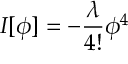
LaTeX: I [ \phi ] = - \frac { \lambda } { 4 ! } { \phi } ^ { 4 }